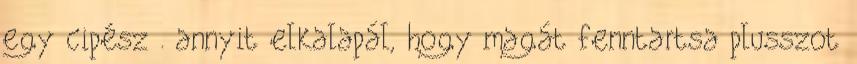
egy cipész . annyit elkalapál, hogy magát fenntartsa plusszot